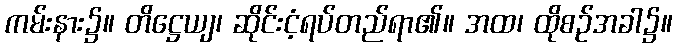
ကမ်းနား၌။ တိဋ္ဌေယျ၊ ဆိုင်းငံ့ရပ်တည်ရာ၏။ အထ၊ ထိုစဉ်အခါ၌။